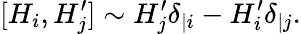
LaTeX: [H_{i},H_{j}^{\prime}]\sim H_{j}^{\prime}\delta_{|i}-H_{i}^{\prime}\delta_{|j}.